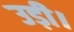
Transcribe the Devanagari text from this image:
उड़ी।